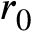
r _ { 0 }